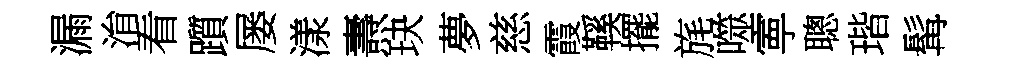
漏㳙看躓屡漾燾玦夢慈霞鞵擺旄噬寕聰瑎髯